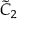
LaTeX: { \tilde { C } } _ { 2 }